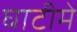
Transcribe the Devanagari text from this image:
घाटीमे